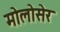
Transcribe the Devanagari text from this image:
मोलोसेर